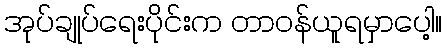
အုပ်ချုပ်ရေးပိုင်းက တာဝန်ယူရမှာပေါ့။